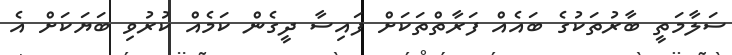
ސަލާމަތީ ބާރުތަކުގެ ބައެއް ފަރާތްތަކަށް ފައިސާ ދީގެން ކަމެއް ކުރުވި ބަޔަކަށް އެ